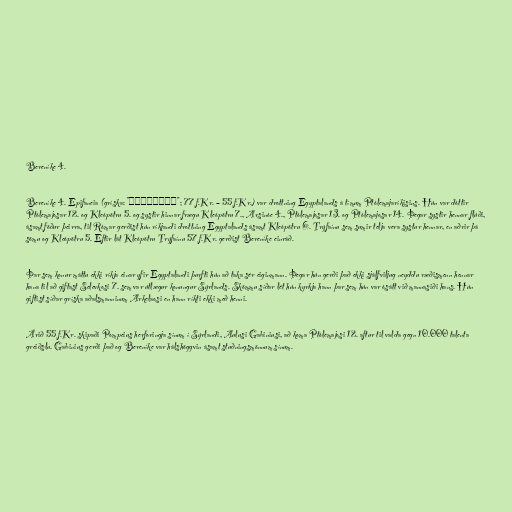
Bereníke 4.

Bereníke 4. Epifaneia (gríska: "Βερενίκη"; 77 f.Kr. – 55 f.Kr.) var drottning Egyptalands á tímum Ptólemajaríkisins. Hún var dóttir
Ptólemajosar 12. og Kleópötru 5. og systir hinnar frægu Kleópötru 7., Arsinóe 4., Ptólemajosar 13. og Ptólemajosar 14. Þegar systir hennar flúði,
ásamt föður þeirra, til Rómar gerðist hún ríkjandi drottning Egyptalands ásamt Kleópötru 6. Trýfaínu sem sumir telja vera systur hennar, en aðrir þá
sömu og Kleópötru 5. Eftir lát Kleópötru Trýfaínu 57 f.Kr. gerðist Bereníke einráð.

Þar sem konur máttu ekki ríkja einar yfir Egyptalandi þurfti hún að taka sér eiginmann. Þegar hún gerði það ekki sjálfviljug neyddu ræðismenn hennar
hana til að giftast Selevkosi 7. sem var útlægur konungur Sýrlands. Skömmu síðar lét hún kyrkja hann þar sem hún var ósátt við mannasiði hans. Hún
giftist síðar gríska aðalsmanninum Arkelaosi en hann ríkti ekki með henni.

Árið 55 f.Kr. skipaði Pompeius herforingja sínum í Sýrlandi, Aulusi Gabiniusi, að koma Ptólemajosi 12. aftur til valda gegn 10.000 talenta
greiðslu. Gabinius gerði það og Bereníke var hálshöggvin ásamt stuðningsmönnum sínum.